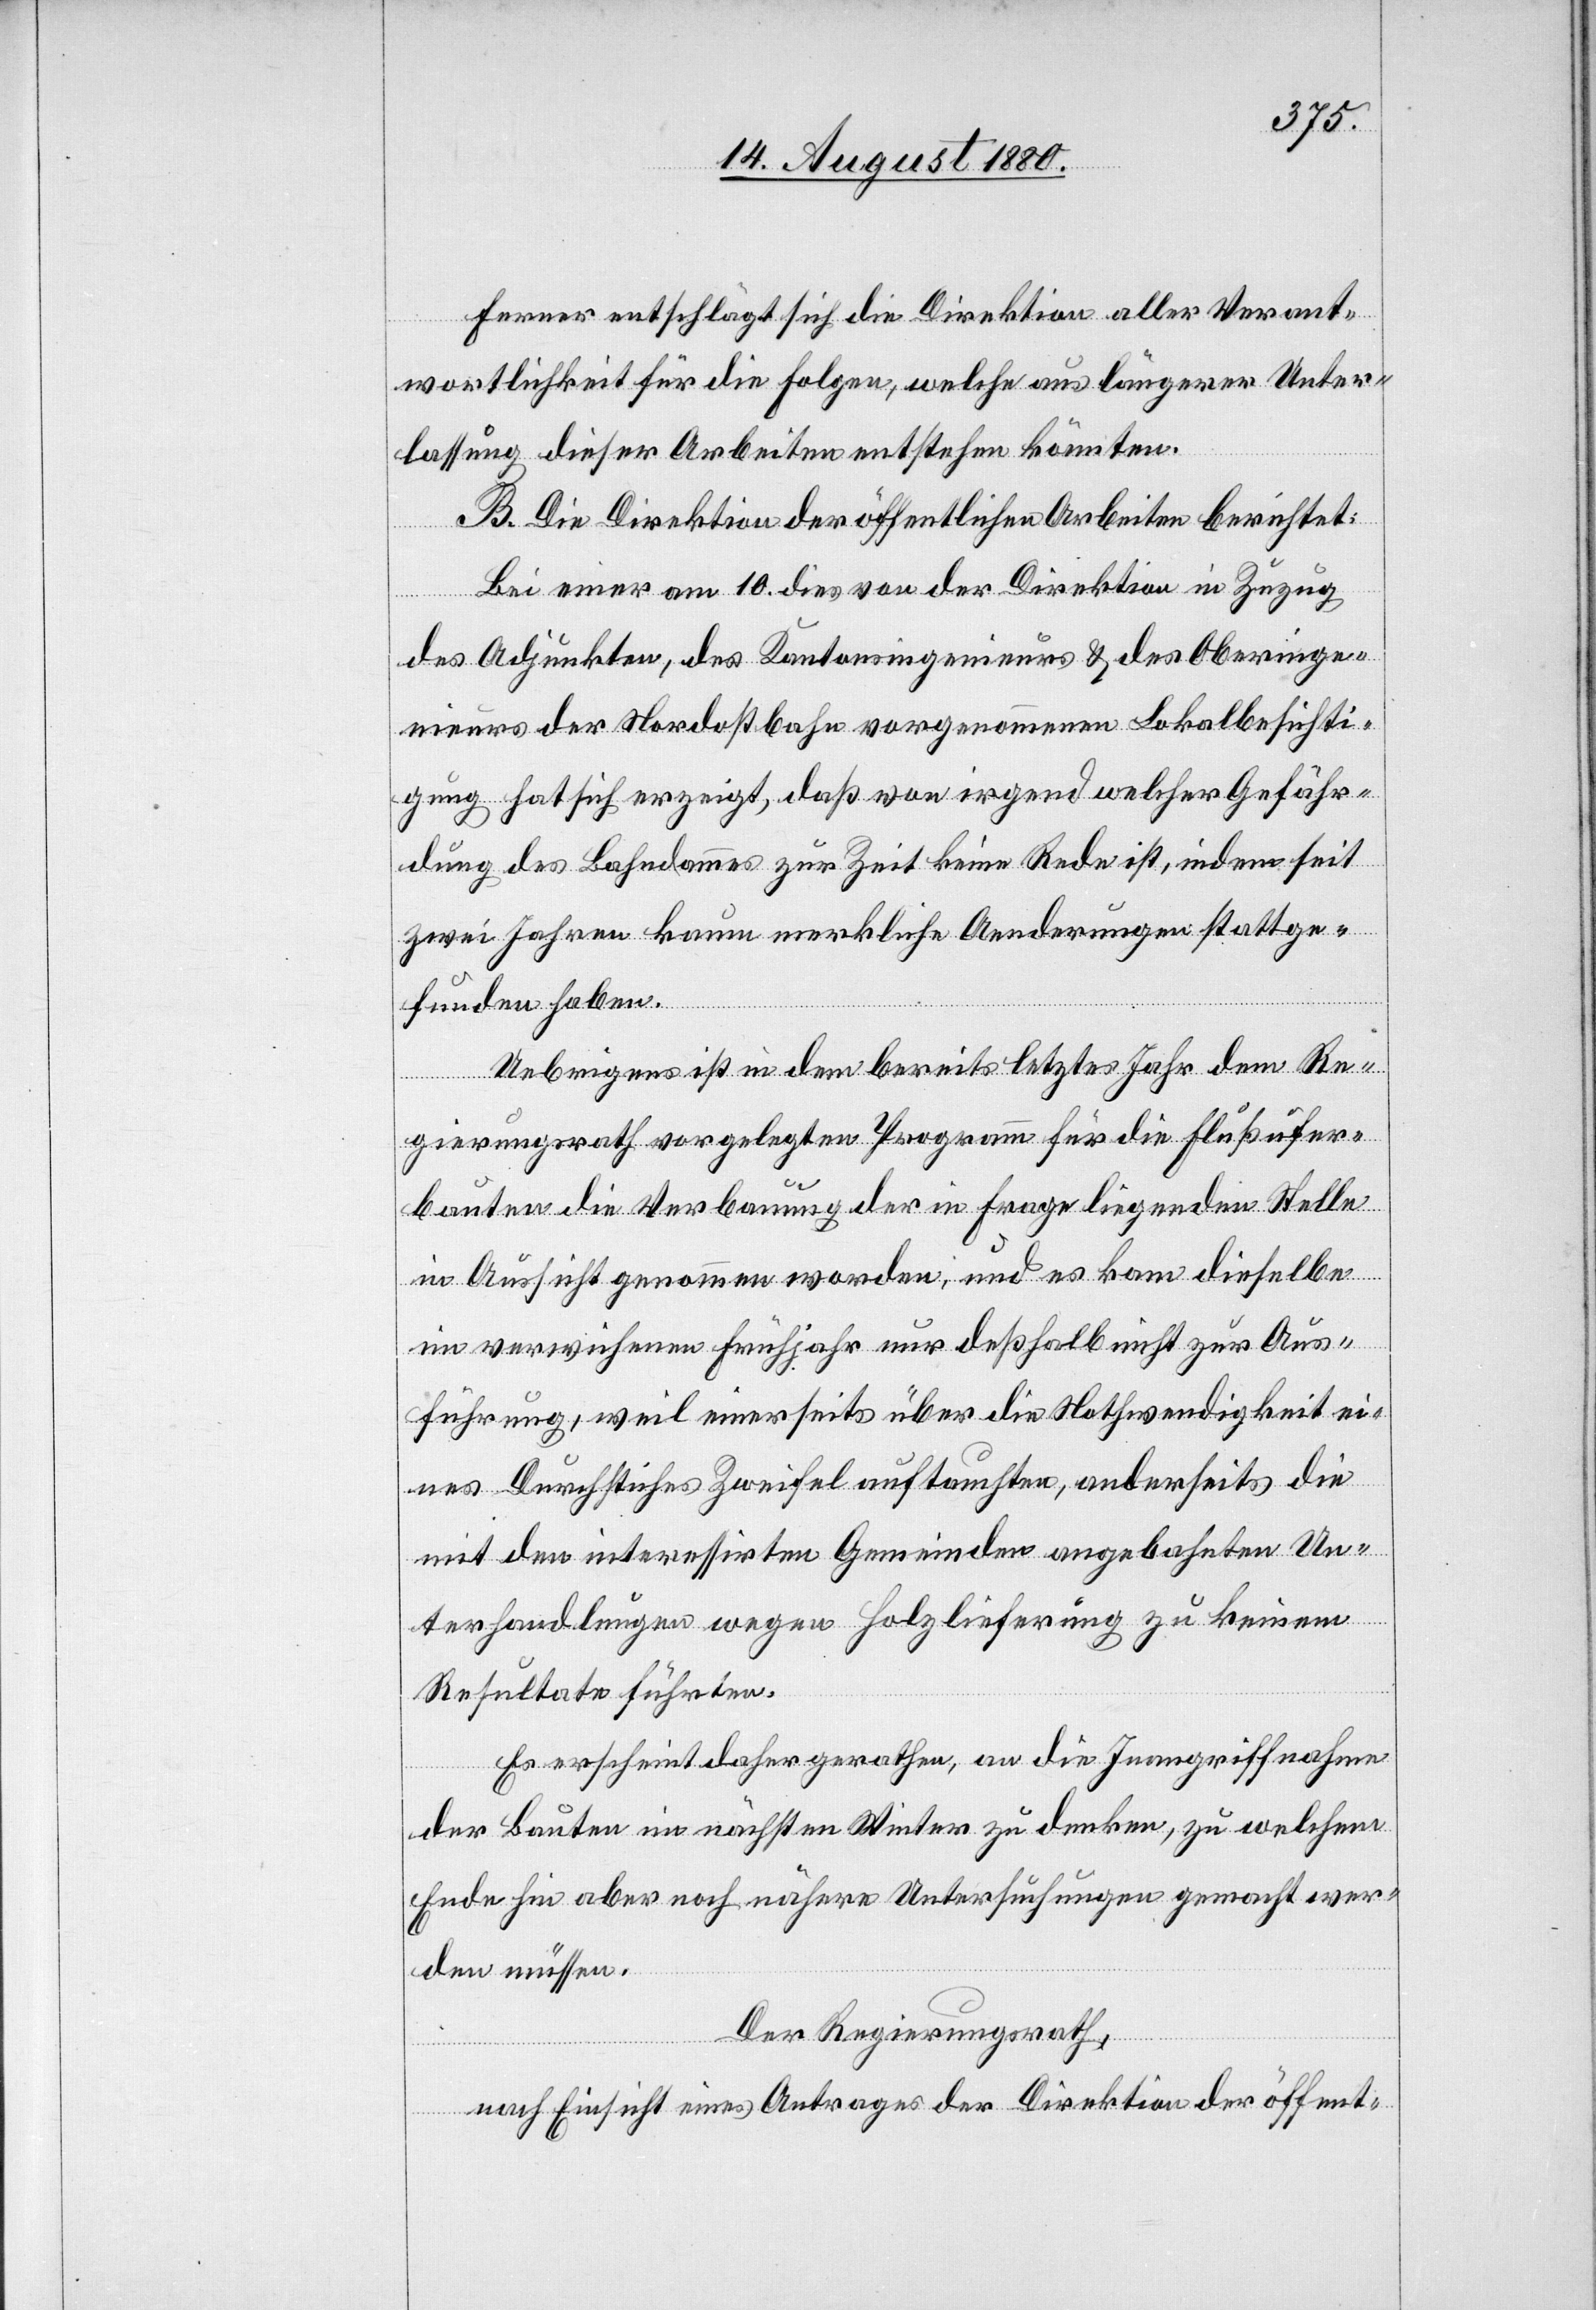
Ferner entschlägt sich die Direktion aller Verant¬
wortlichkeit für die Folgen, welche aus längerer Unter¬
lassung dieser Arbeiten entstehen könnten.
B. Die Direktion der öffentlichen Arbeiten berichtet:
Bei einer am 10. dies von der Direktion in Zuzug
des Adjunkten, des Kantonsingenieurs & des Oberinge¬
nieurs der Nordostbahn vorgenommenen Lokalbesichti¬
gung hat sich erzeigt, daß von irgend welcher Gefähr¬
dung des Bahndammes zur Zeit keine Rede ist, indem seit
zwei Jahren kaum merkliche Aenderungen stattge¬
funden haben.
Uebrigens ist in dem bereits letztes Jahr dem Re¬
gierungsrath vorgelegten Programm für die Flußufer¬
bauten die Verbauung der in Frage liegenden Stelle
in Aussicht genommen worden, und es kam dieselbe
im verwichenen Frühjahr nur deßhalb nicht zur Aus¬
führung, weil einerseits über die Nothwendigkeit ei¬
nes Durchstiches Zweifel auftauchten, anderseits die
mit den interessirten Gemeinden angebahnten Un¬
terhandlungen wegen Holzlieferung zu keinem
Resultate führten.
Es erscheint daher gerathen, an die Inangriffnahme
der Bauten im nächsten Winter zu denken, zu welchem
Ende hin aber noch nähere Untersuchungen gemacht wer¬
den müssen.
Der Regierungsrath,
nach Einsicht eines Antrages der Direktion der öffent-